Civil Veterinary Department. Madras. Admin. report 1926-33 - 1926-1933
Year: 1926
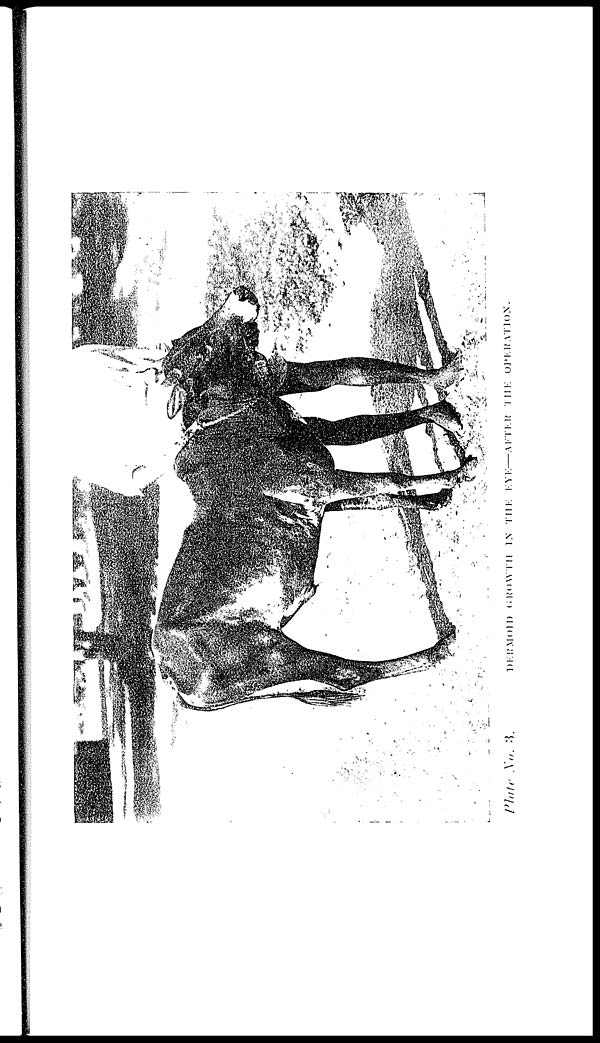
Plate No. 3. DERMOID GROWTH IN THE EYE—AFTER THE OPERATION.